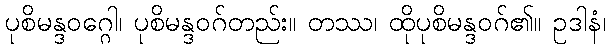
ပုစိမန္ဒဝဂ္ဂေါ၊ ပုစိမန္ဒဝဂ်တည်း။ တဿ၊ ထိုပုစိမန္ဒဝဂ်၏။ ဥဒါနံ၊